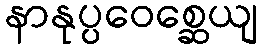
နာနုပ္ပဝေစ္ဆေယျ